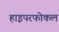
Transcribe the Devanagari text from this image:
हाइपरफोकल